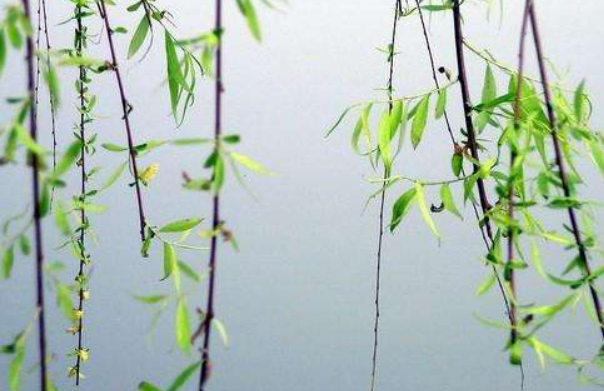
柳絮风轻，梨花雨细。